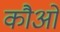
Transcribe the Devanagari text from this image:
कौओ